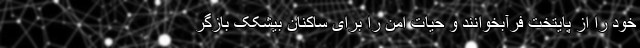
خود را از پایتخت فرآبخوانند و حیات امن را برای ساکنان بیشکک بازگر